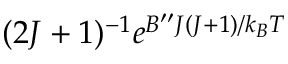
( 2 J + 1 ) ^ { - 1 } e ^ { B ^ { \prime \prime } J ( J + 1 ) / k _ { B } T }